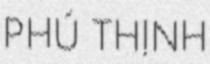
PHÚ THỊNH